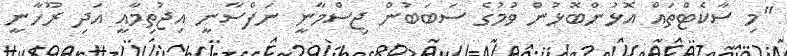
"މި ސާކެޓްތައް އޮޅުންބޮޅުން ވުމުގެ ސަބަބުން ޖިސްމާނީ ނަފްސާނީ އިޖުތިމާއީ އަދި ރޫހާނީ